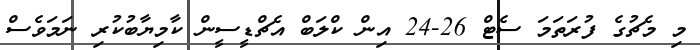
މި މެޗުގެ ފުރަތަމަ ސެޓް 26-24 އިން ކްލަބް އެޗްޑީސީން ކާމިޔާބުކުރި ނަމަވެސް